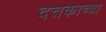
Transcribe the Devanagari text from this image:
दत्तकाच्या